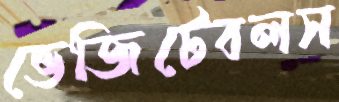
ভেজিটেবলস